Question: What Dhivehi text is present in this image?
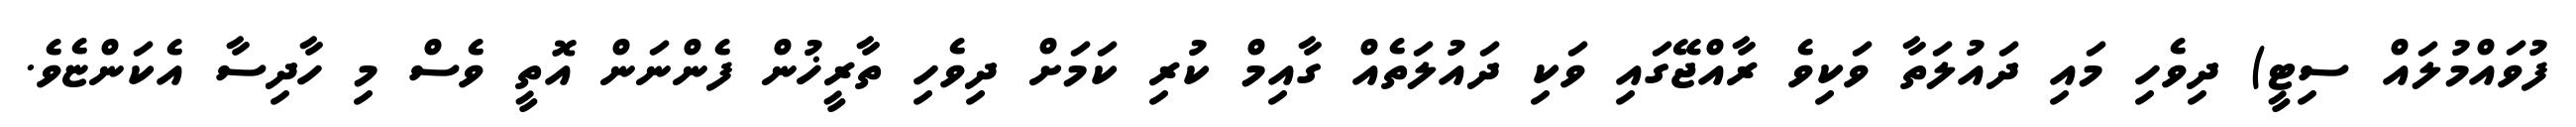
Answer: ފުވައްމުލައް ސިޓީ) ދިވެހި މައި ދައުލަތާ ވަކިވެ ރާއްޖޭގައި ވަކި ދައުލަތެއް ގާއިމް ކުރި ކަމަށް ދިވެހި ތާރީޚުން ފެންނަން އޮތީ ވެސް މި ހާދިސާ އެކަންޏެވެ.